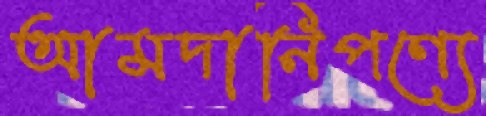
আমদানিপণ্যে